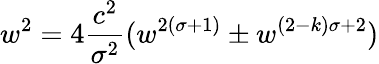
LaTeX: w^{2}=4{\frac{c^{2}}{\sigma^{2}}}(w^{2(\sigma+1)}\pm w^{(2-k)\sigma+2})